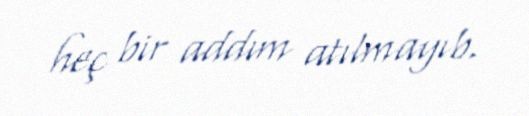
heç bir addım atılmayıb.